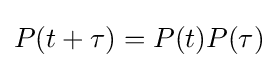
P(t+\tau )=P(t)P(\tau )